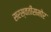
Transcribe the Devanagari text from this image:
सरस्वतीसमोर